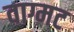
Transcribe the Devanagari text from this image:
वाग्मट